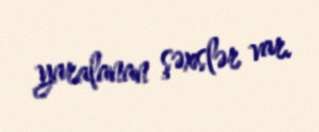
yaralanan şəxslər var.